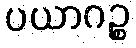
ပယာဂဉ္စ